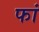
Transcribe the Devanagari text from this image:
फां